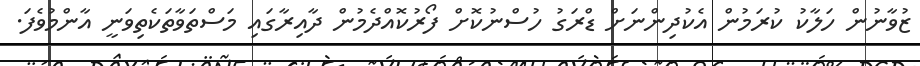
ޒުވާނުން ހަލާކު ކުރަމުން އެކުދިންނަށް ޑްރަގު ހުސްނުކޮށް ފޯރުކޮއްދެމުން ދާއިރާގައި މަސްތަވާތަކެތިވަނީ އާންމުވެފަ.